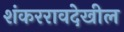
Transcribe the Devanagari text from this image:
शंकररावदेखील